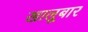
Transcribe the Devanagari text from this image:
खालूबार